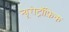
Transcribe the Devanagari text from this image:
न्यूरोट्रॉफ़िक